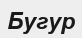
Бугур